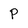
Character: P